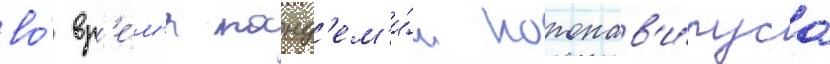
во́ вр'е́м'я панд'ем'и́и коронав'и́руса